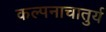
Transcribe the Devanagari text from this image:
कल्पनाचातुर्य